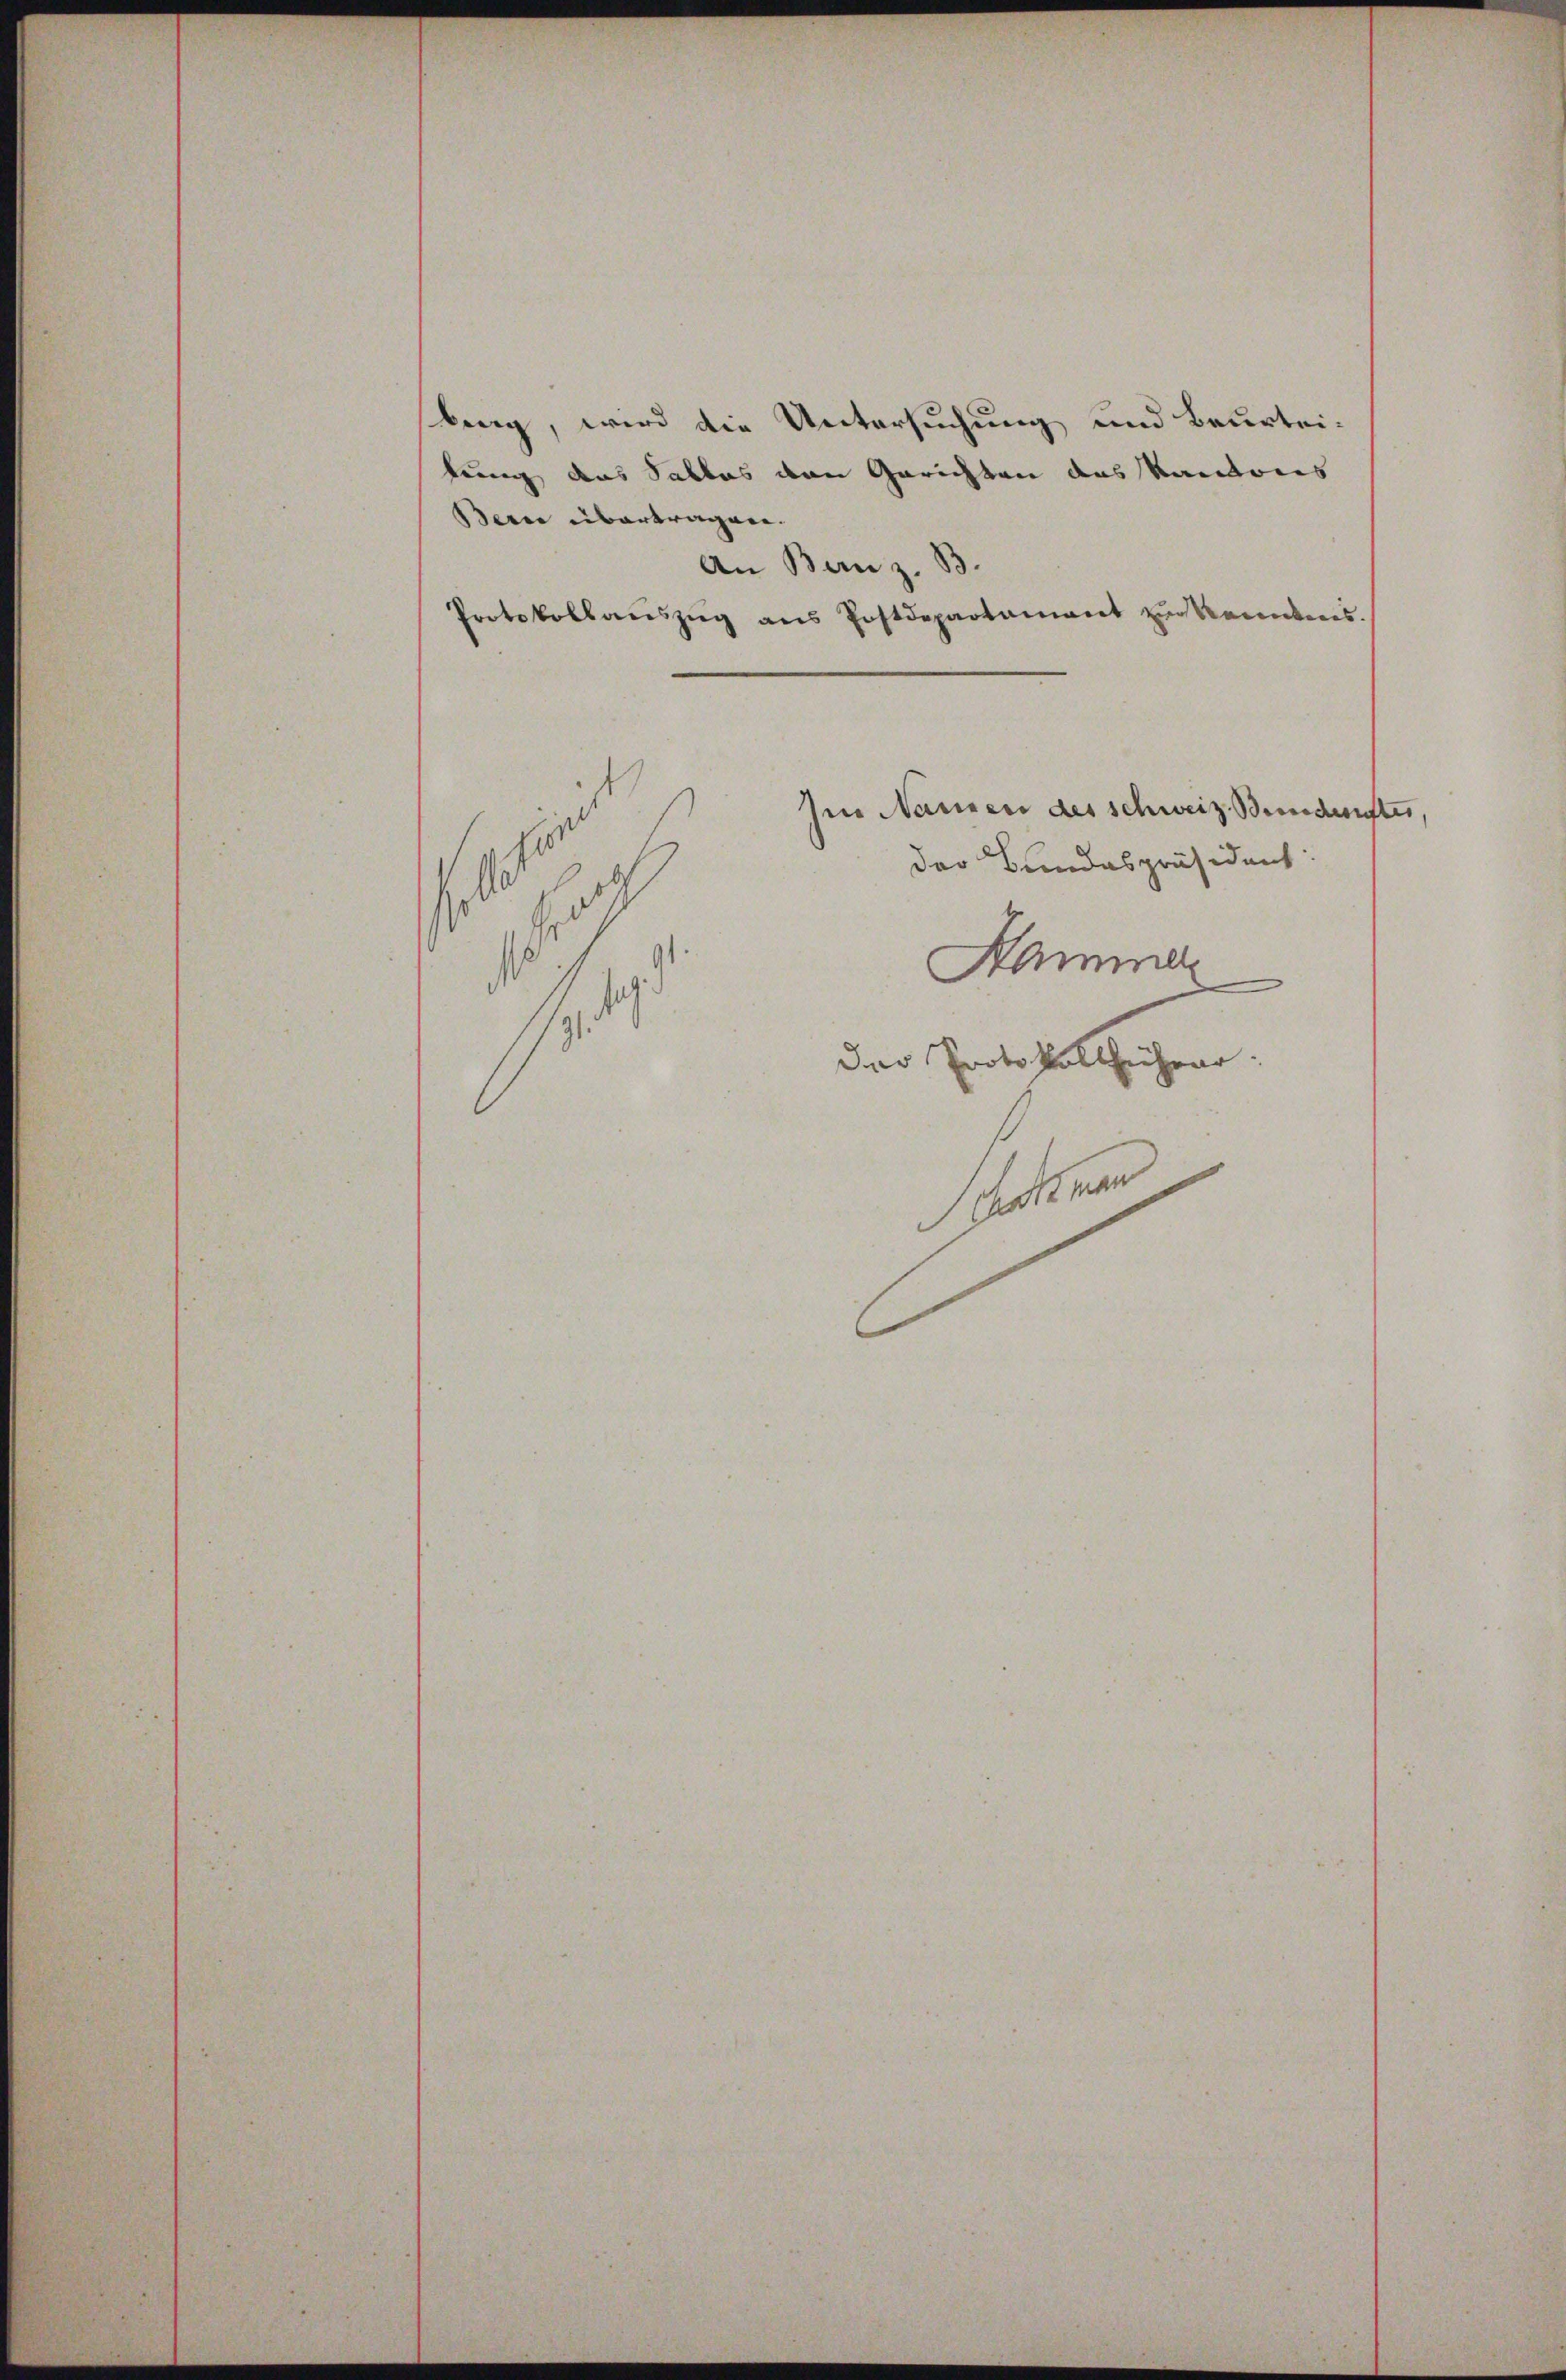
berg, wird die Untersuchung und Beurteitung das Sabbas von Gerichten das Kantons
Bern übertragen.
An Bern z. B.
Protokollauszug aus Postdepartament zur kanntens.
Im Namen des schweiz. Beidenster,
der Bundespräsident:
.
Hamme
J
der Protokollsachenr
a